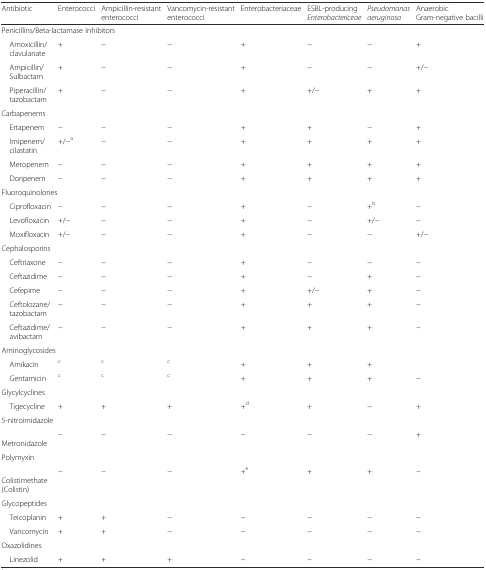
| Antibiotic | Enterococci | Ampicillin-resistant enterococci | Vancomycin-resistant enterococci | Enterobacteriaceae | ESBL-producing Enterobactericeae | Pseudomonas aeruginosa | Anaerobic Gram-negative bacilli |
 | --- | --- | --- | --- | --- | --- | --- | --- |
 | <COLSPAN=8> Penicillins/Beta-lactamase Inhibitors |
 | Amoxicillin/clavulanate | + | − | − | + | − | − | + |
 | Ampicillin/Sulbactam | + | − | − | + | − | − | +/− |
 | Piperacillin/tazobactam | + | − | − | + | +/− | + | + |
 | <COLSPAN=8> Carbapenems |
 | Ertapenem | − | − | − | + | + | − | + |
 | Imipenem/cilastatin | +/−a | − | − | + | + | + | + |
 | Meropenem | − | − | − | + | + | + | + |
 | Doripenem | − | − | − | + | + | + | + |
 | <COLSPAN=8> Fluoroquinolones |
 | Ciprofloxacin | − | − | − | + | − | +b | − |
 | Levofloxacin | +/− | − | − | + | − | +/− | − |
 | Moxifloxacin | +/− | − | − | + | − | − | +/− |
 | <COLSPAN=8> Cephalosporins |
 | Ceftriaxone | − | − | − | + | − | − | − |
 | Ceftazidime | − | − | − | + | − | + | − |
 | Cefepime | − | − | − | + | +/− | + | − |
 | Ceftolozane/tazobactam | − | − | − | + | + | + | − |
 | Ceftazidime/avibactam | − | − | − | + | + | + | − |
 | <COLSPAN=8> Aminoglycosides |
 | Amikacin | c | c | c | + | + | + |  |
 | Gentamicin | c | c | c | + | + | + | − |
 | <COLSPAN=8> Glycylcyclines |
 | Tigecycline | + | + | + | +d | + | − | + |
 | <COLSPAN=8> 5-nitroimidazole |
 | Metronidazole | − | − | − | − | − | − | + |
 | <COLSPAN=8> Polymyxin |
 | Colistimethate (Colistin) | − | − | − | +e | + | + | − |
 | <COLSPAN=8> Glycopeptides |
 | Teicoplanin | + | + | − | − | − | − | − |
 | Vancomycin | + | + | − | − | − | − | − |
 | <COLSPAN=8> Oxazolidines |
 | Linezolid | + | + | + | − | − | − | − |